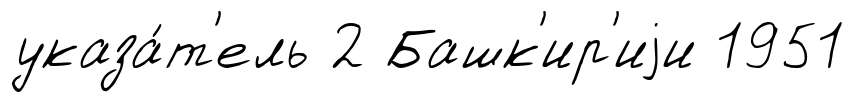
указа́т'ель 2 Башк'ир'иjи 1951